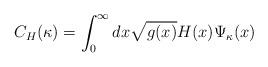
LaTeX: \begin{align*}C_{H}(\kappa) =\int_{0}^{\infty} dx \sqrt{g(x)} H(x) \Psi_{\kappa}(x)\end{align*}